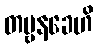
တမ္ဗနခေဟိ